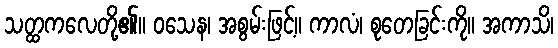
သတ္ထကလေတို့၏။ ဝသေန၊ အစွမ်းဖြင့်။ ကာလံ၊ စုတေခြင်းကို။ အကာသိ၊